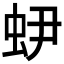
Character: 𧉅